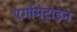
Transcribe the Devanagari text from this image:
एर्गोमेट्राइन